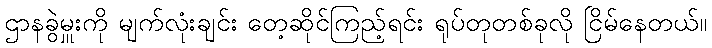
ဌာနခွဲမှူးကို မျက်လုံးချင်း တေ့ဆိုင်ကြည့်ရင်း ရုပ်တုတစ်ခုလို ငြိမ်နေတယ်။